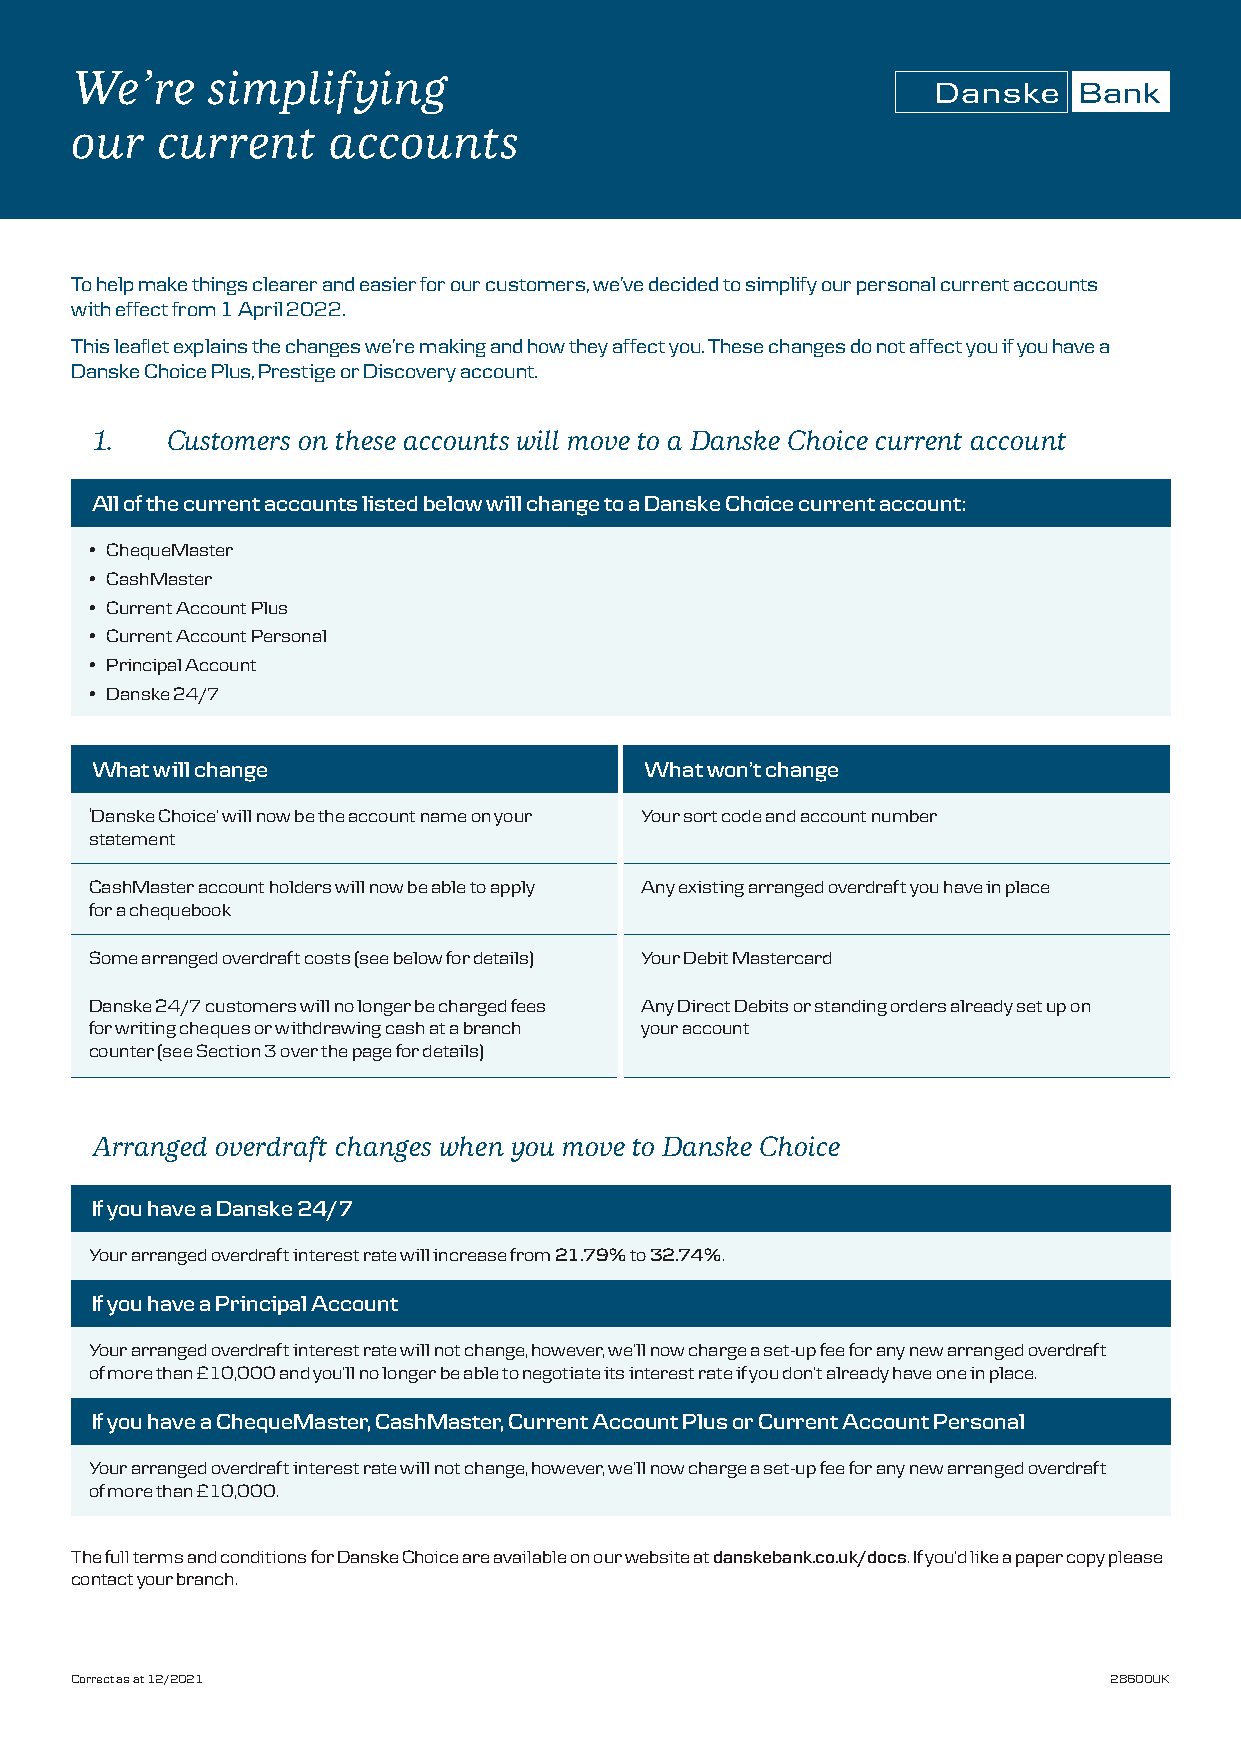
We’re    simplifying
 our  current     accounts
 To help make things clearer and easier for our customers, we’ve decided to simplify our personal current accounts
 with effect from 1 April 2022.
 This leaflet explains the changes we’re making and how they affect you. These changes do not affect you if you have a
 Danske Choice Plus, Prestige or Discovery account.
 1.   Customers on these accounts will move to a Danske Choice current account
 All of the current accounts listed below will change to a Danske Choice current account:
 • ChequeMaster
 • CashMaster
 • Current Account Plus
 • Current Account Personal
 • Principal Account
 • Danske 24/7
 What will change                     What won’t change
 ‘Danske Choice’ will now be the account name on your Your sort code and account number
 statement
 CashMaster account holders will now be able to apply Any existing arranged overdraft you have in place
 for a chequebook
 Some arranged overdraft costs (see below for details) Your Debit Mastercard
 Danske 24/7 customers will no longer be charged fees Any Direct Debits or standing orders already set up on
 for writing cheques or withdrawing cash at a branch your account
 counter (see Section 3 over the page for details)
 Arranged overdraft changes when you move to Danske Choice
 If you have a Danske 24/7
 Your arranged overdraft interest rate will increase from 21.79% to 32.74%.
 If you have a Principal Account
 Your arranged overdraft interest rate will not change, however, we’ll now charge a set-up fee for any new arranged overdraft
 of more than £10,000 and you’ll no longer be able to negotiate its interest rate if you don’t already have one in place.
 If you have a ChequeMaster, CashMaster, Current Account Plus or Current Account Personal
 Your arranged overdraft interest rate will not change, however, we’ll now charge a set-up fee for any new arranged overdraft
 of more than £10,000.
 The full terms and conditions for Danske Choice are available on our website at danskebank.co.uk/docs. If you’d like a paper copy please
 contact your branch.
 Correct as at 12/2021                                               28600UK